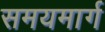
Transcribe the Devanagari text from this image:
समयमार्ग